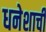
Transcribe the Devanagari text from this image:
धनेशाची